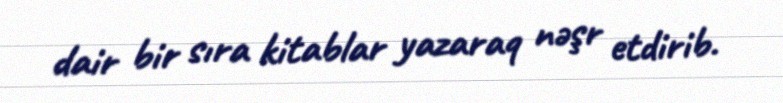
dair bir sıra kitablar yazaraq nəşr etdirib.